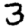
Digit: 3